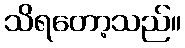
သိရတော့သည်။